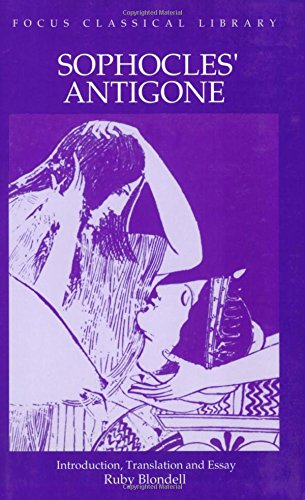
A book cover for Sophocles : Antigone (Focus Classical Library); Sophocles; Literature & Fiction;